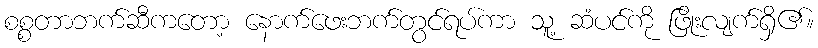
စစ္စတာဘက်ဆီကတော့ နောက်ဖေးဘက်တွင်ရပ်ကာ သူ့ ဆံပင်ကို ဖြိုးလျက်ရှိ၏။